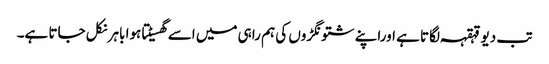
تب دیو قہقہہ لگاتا ہے اوراپنے شتونگڑوں کی ہم راہی میں اسے گھسیٹتا ہوا باہر نکل جاتا ہے۔